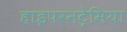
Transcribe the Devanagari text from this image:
हाइपरनट्रेमिया